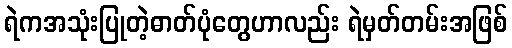
ရဲကအသုံးပြုတဲ့ဓာတ်ပုံတွေဟာလည်း ရဲမှတ်တမ်းအဖြစ်